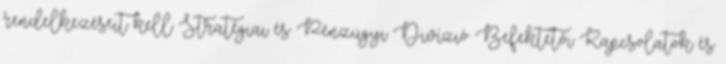
rendelkezéseit kell Stratégiai és Pénzügyi Divízió Befektetői Kapcsolatok és